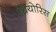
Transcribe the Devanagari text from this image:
थियोरिस